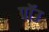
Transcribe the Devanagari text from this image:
पॉउ